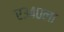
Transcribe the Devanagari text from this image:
ए३४०ला